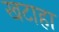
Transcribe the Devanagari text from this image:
खटाहा